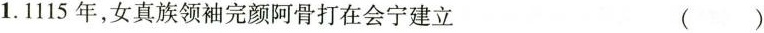
1.1115年，女真族领袖完颜阿骨打在会宁建立()